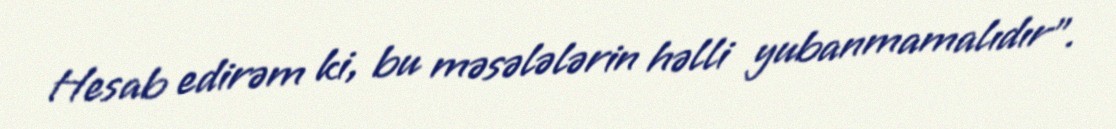
Hesab edirəm ki, bu məsələlərin həlli yubanmamalıdır".